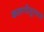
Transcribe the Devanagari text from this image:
कलगीतुर्‍याचे